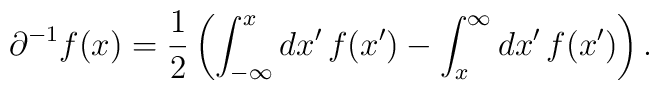
\partial^{-1} f(x) = \frac{1}{2} \left(\int_{-\infty}^x dx'\, f(x') -\int_x^{\infty} dx'\, f(x') \right).